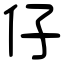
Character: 仔